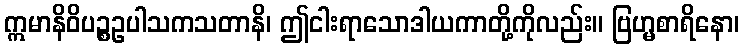
ဣမာနိဝိပဉ္စဥပါသကသတာနိ၊ ဤငါးရာသောဒါယကာတို့ကိုလည်း။ ဗြဟ္မစာရိနော၊